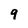
Character: 9